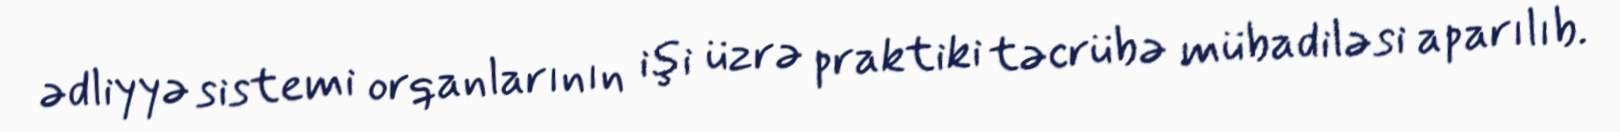
ədliyyə sistemi orqanlarının işi üzrə praktiki təcrübə mübadiləsi aparılıb.